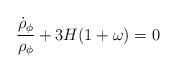
LaTeX: \begin{align*}{\dot{\rho}_{\phi} \over \rho_{\phi}}+3H (1+\omega)=0\end{align*}